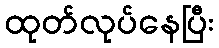
ထုတ်လုပ်နေပြီး